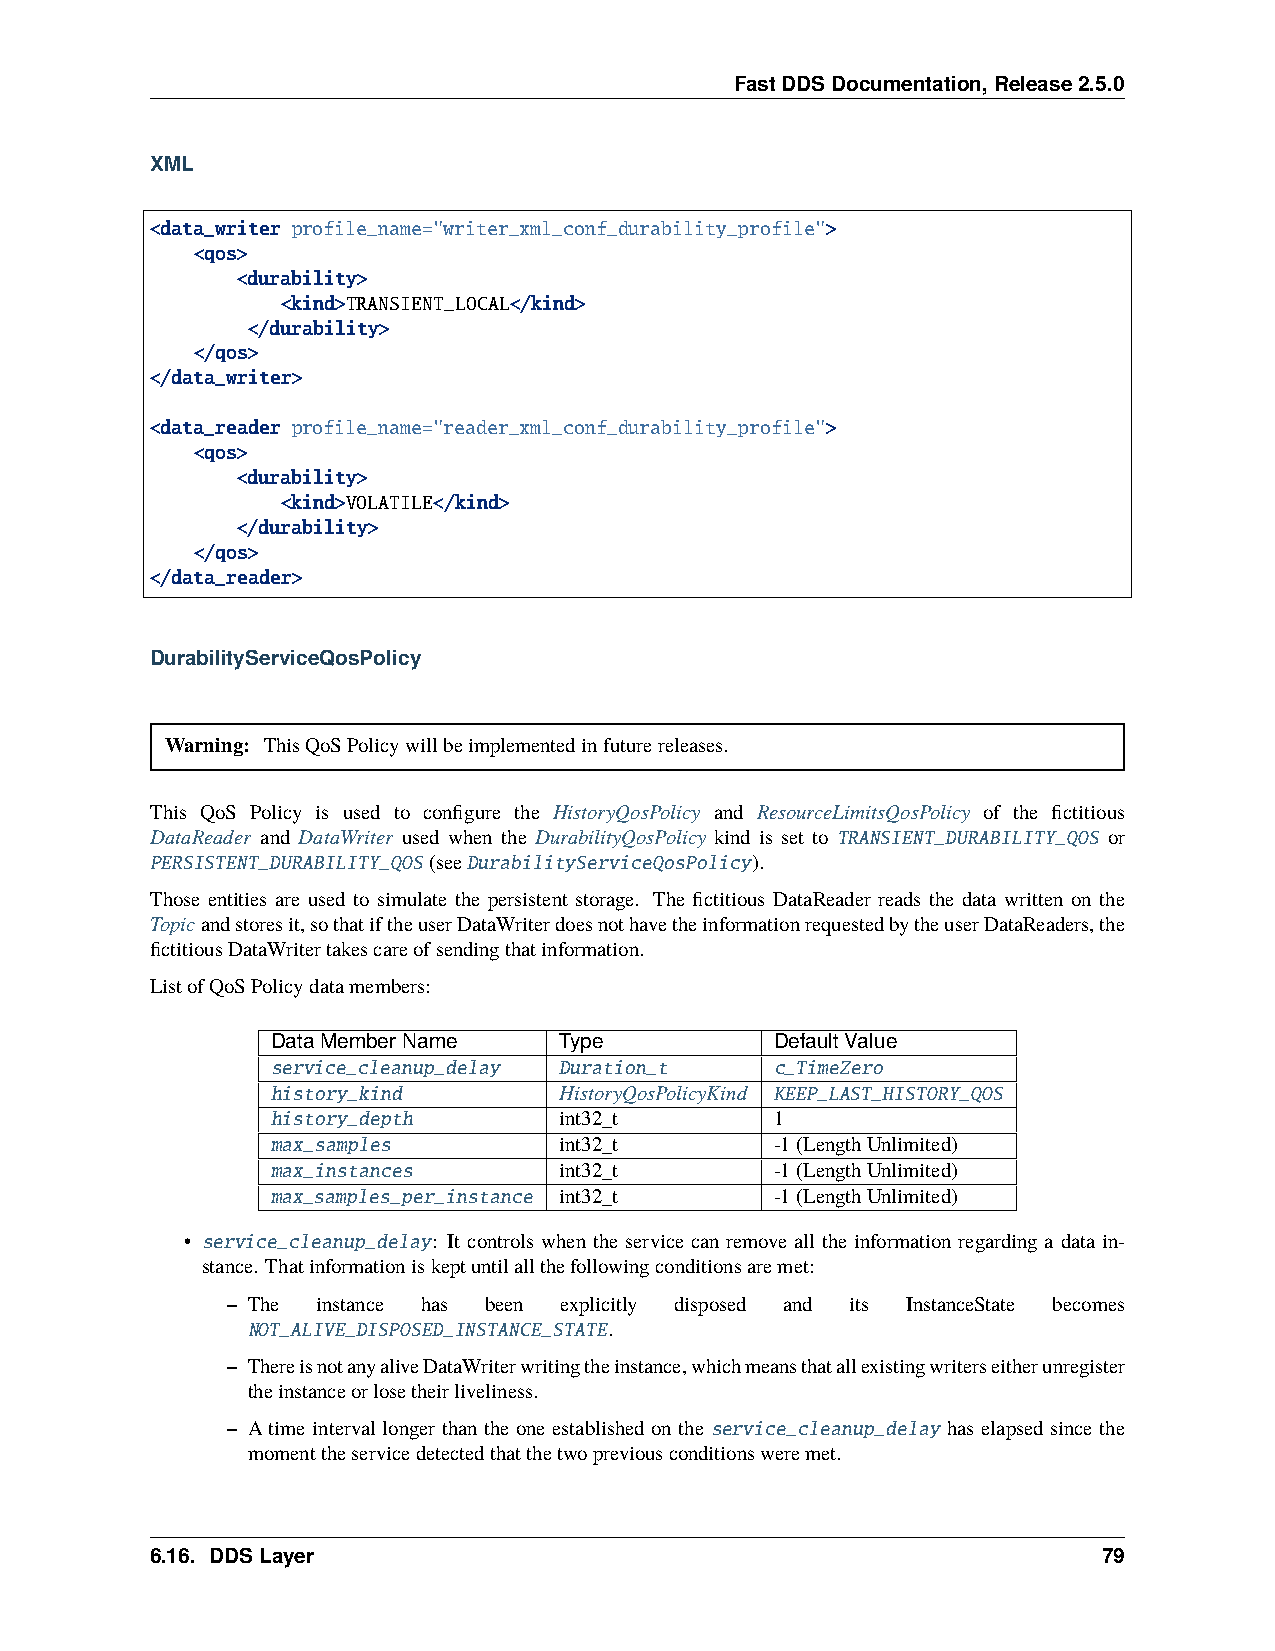
FastDDSDocumentation,Release2.5.0
 XML
 <data_writer profile_name="writer_xml_conf_durability_profile">
 <qos>
 <durability>
 <kind>TRANSIENT_LOCAL</kind>
 </durability>
 </qos>
 </data_writer>
 <data_reader profile_name="reader_xml_conf_durability_profile">
 <qos>
 <durability>
 <kind>VOLATILE</kind>
 </durability>
 </qos>
 </data_reader>
 DurabilityServiceQosPolicy
 Warning: ThisQoSPolicywillbeimplementedinfuturereleases.
 This QoS Policy is used to configure the HistoryQosPolicy and ResourceLimitsQosPolicy of the fictitious
 DataReader and DataWriter used when the DurabilityQosPolicy kind is set to TRANSIENT_DURABILITY_QOS or
 PERSISTENT_DURABILITY_QOS (seeDurabilityServiceQosPolicy).
 Those entities are used to simulate the persistent storage. The fictitious DataReader reads the data written on the
 Topicandstoresit,sothatiftheuserDataWriterdoesnothavetheinformationrequestedbytheuserDataReaders,the
 fictitiousDataWritertakescareofsendingthatinformation.
 ListofQoSPolicydatamembers:
 DataMemberName     Type          DefaultValue
 service_cleanup_delay Duration_t c_TimeZero
 history_kind       HistoryQosPolicyKind KEEP_LAST_HISTORY_QOS
 history_depth      int32_t       1
 max_samples        int32_t       -1(LengthUnlimited)
 max_instances      int32_t       -1(LengthUnlimited)
 max_samples_per_instance int32_t -1(LengthUnlimited)
 • service_cleanup_delay: It controls when the service can remove all the information regarding a data in-
 stance. Thatinformationiskeptuntilallthefollowingconditionsaremet:
 – The instance has been explicitly disposed and its InstanceState becomes
 NOT_ALIVE_DISPOSED_INSTANCE_STATE.
 – ThereisnotanyaliveDataWriterwritingtheinstance,whichmeansthatallexistingwriterseitherunregister
 theinstanceorlosetheirliveliness.
 – A time interval longer than the one established on the service_cleanup_delay has elapsed since the
 momenttheservicedetectedthatthetwopreviousconditionsweremet.
 6.16. DDSLayer                                                 79